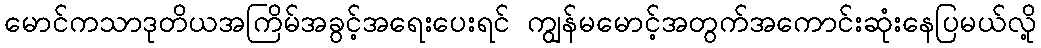
မောင်ကသာဒုတိယအကြိမ်အခွင့်အရေးပေးရင် ကျွန်မမောင့်အတွက်အကောင်းဆုံးနေပြမယ်လို့